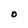
Character: O